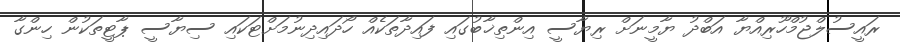
ރައީސުލްޖުމްހޫރިއްޔާ އަބްދު ޔާމީނަށް ރިޔާސީ އިންތިޚާބުގައި ފައިދާތަކެއް ހޯދައިދިނުމަށްޓަކައި ސިޔާސީ ޕާޓީތަކުން ހިންގާ